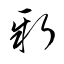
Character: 新